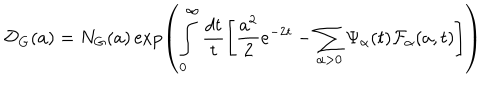
LaTeX: \mathcal { D } _ { G } ( a ) = N _ { G } ( a ) \exp \left( \int _ { 0 } ^ { \infty } \frac { d t } { t } \left[ \frac { a ^ { 2 } } { 2 } e ^ { - 2 t } - \sum _ { \alpha > 0 } \Psi _ { \alpha } ( t ) \mathcal { F } _ { \alpha } ( a , t ) \right] \right)